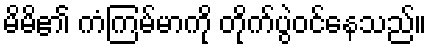
မိမိ၏ ကံကြမ်မာကို တိုက်ပွဲဝင်နေသည်။